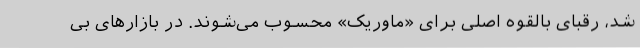
شد، رقبای بالقوه اصلی برای «ماوریک» محسوب می‌شوند. در بازارهای بی